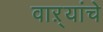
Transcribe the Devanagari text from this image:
वाऱ्यांचे